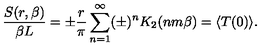
{ \frac { S ( r , \beta ) } { \beta L } } = \pm { \frac { r } { \pi } } \sum _ { n = 1 } ^ { \infty } ( \pm ) ^ { n } K _ { 2 } ( n m \beta ) \nonumber = \langle T ( 0 ) \rangle .